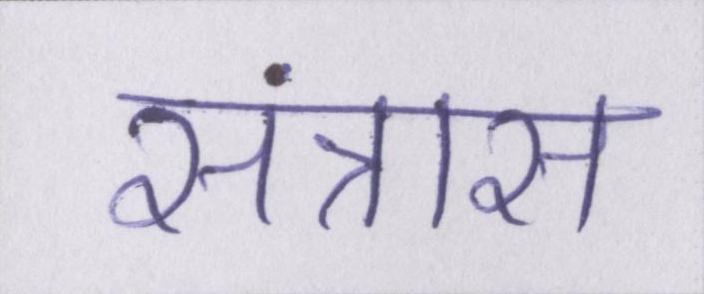
संत्रास